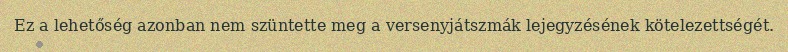
Ez a lehetőség azonban nem szüntette meg a versenyjátszmák lejegyzésének kötelezettségét.